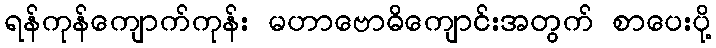
ရန်ကုန်ကျောက်ကုန်း မဟာဗောဓိကျောင်းအတွက် စာပေးပို့